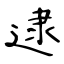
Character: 逮